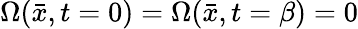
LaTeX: \Omega(\bar{x},t=0)=\Omega(\bar{x},t=\beta)=0